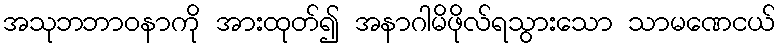
အသုဘဘာဝနာကို အားထုတ်၍ အနာဂါမိဖိုလ်ရသွားသော သာမဏေငယ်